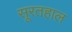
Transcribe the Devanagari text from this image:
सूरतहाल